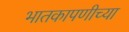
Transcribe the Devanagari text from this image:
भातकापणीच्या